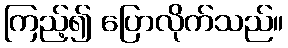
ကြည့်၍ ပြောလိုက်သည်။